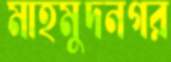
মাহমুদনগর